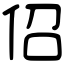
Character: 佋